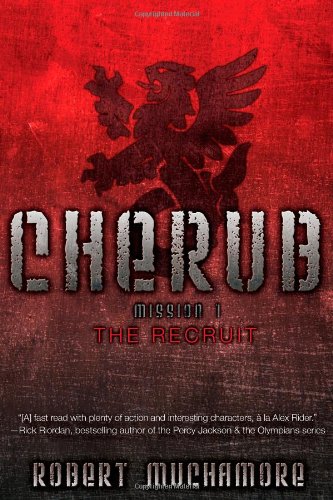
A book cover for The Recruit (CHERUB); Robert Muchamore; Teen & Young Adult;